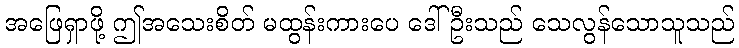
အဖြေရှာဖို့ ဤအသေးစိတ် မထွန်းကားပေ ဒေါ်ဦးသည် သေလွန်သောသူသည်